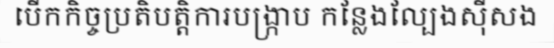
បើកកិច្ចប្រតិបត្តិការបង្ក្រាប កន្លែងល្បែងស៊ីសង